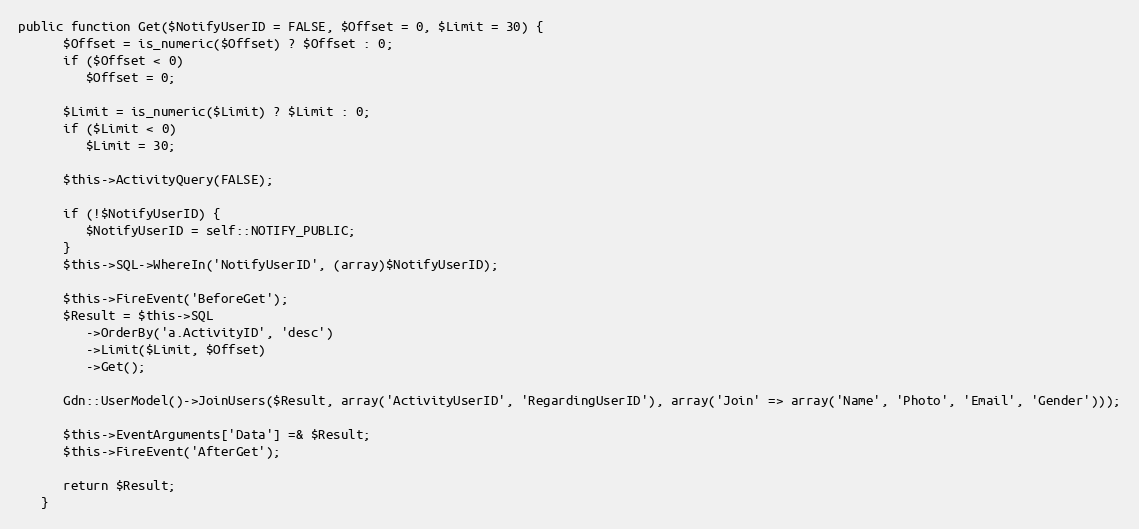
Language: PHP
public function Get($NotifyUserID = FALSE, $Offset = 0, $Limit = 30) {
      $Offset = is_numeric($Offset) ? $Offset : 0;
      if ($Offset < 0)
         $Offset = 0;

      $Limit = is_numeric($Limit) ? $Limit : 0;
      if ($Limit < 0)
         $Limit = 30;

      $this->ActivityQuery(FALSE);

      if (!$NotifyUserID) {
         $NotifyUserID = self::NOTIFY_PUBLIC;
      }
      $this->SQL->WhereIn('NotifyUserID', (array)$NotifyUserID);

      $this->FireEvent('BeforeGet');
      $Result = $this->SQL
         ->OrderBy('a.ActivityID', 'desc')
         ->Limit($Limit, $Offset)
         ->Get();

      Gdn::UserModel()->JoinUsers($Result, array('ActivityUserID', 'RegardingUserID'), array('Join' => array('Name', 'Photo', 'Email', 'Gender')));

      $this->EventArguments['Data'] =& $Result;
      $this->FireEvent('AfterGet');

      return $Result;
   }